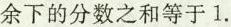
余下的分数之和等于1.